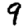
Digit: 9